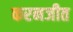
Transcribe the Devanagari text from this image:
करनजीत